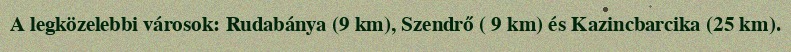
A legközelebbi városok: Rudabánya (9 km), Szendrő ( 9 km) és Kazincbarcika (25 km).